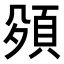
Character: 𮨅